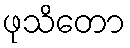
ဖုသိတော